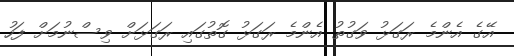
އޭގެ އެންމެ ރަގަޅު ވަގުތު އެންމެ ރަގަޅު ގޮތުގައި ރަގަޅަށް ވިސްނުމަށް ފަހު